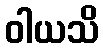
ဝါယသိ